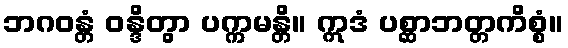
ဘဂဝန္တံ ဝန္ဒိတွာ ပက္ကမန္တိ။ ဣဒံ ပစ္ဆာဘတ္တကိစ္စံ။